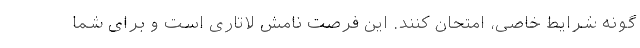
گونه شرایط خاصی، امتحان کنند. این فرصت نامش لاتاری است و برای شما